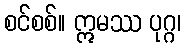
စင်စစ်။ ဣမဿ ပုဂ္ဂ၊